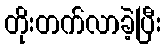
တိုးတက်လာခဲ့ပြီး